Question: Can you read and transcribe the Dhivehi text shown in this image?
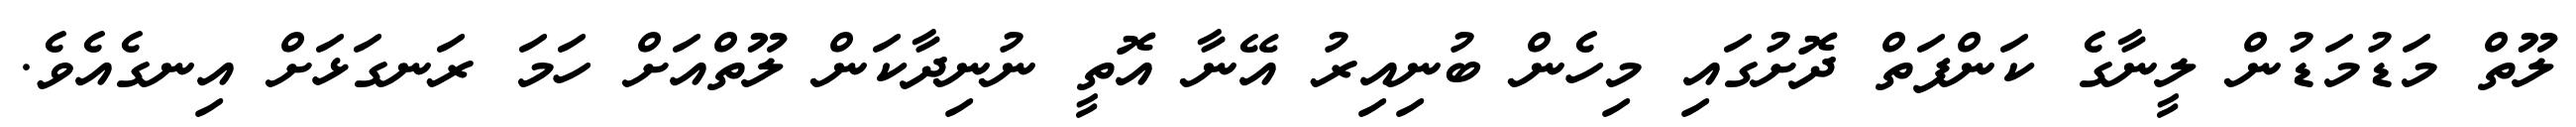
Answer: ލޫތް މަޑުމަޑުން ލީނާގެ ކަންފަތް ދޮށުގައި މިހެން ބުނިއިރު އޭނާ އޮތީ ނުނިދާކަން ލޫތްއަށް ހަމަ ރަނގަޅަށް އިނގެއެވެ.